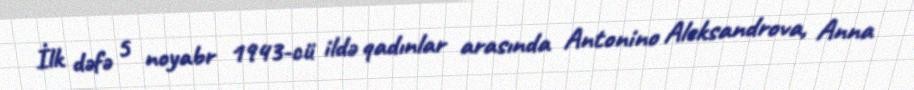
İlk dəfə 5 noyabr 1943-cü ildə qadınlar arasında Antonino Aleksandrova, Anna